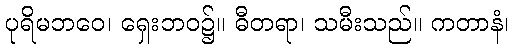
ပုရိမဘဝေ၊ ရှေးဘဝ၌။ ဓီတရာ၊ သမီးသည်။ ကတာနံ၊